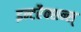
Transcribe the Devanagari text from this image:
इन्टरैक्शन्स्